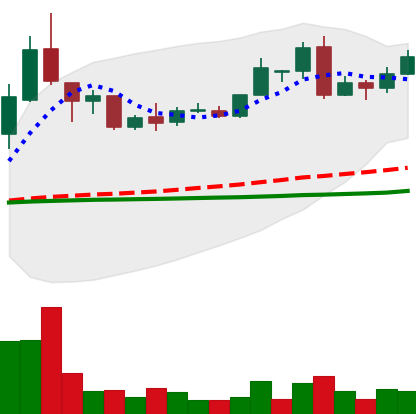
Ticker: LTC-USD
Chart end date: 2016-05-14
Forward return: -4.407%
Label: down_3_5